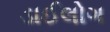
ડાઈલોગ